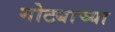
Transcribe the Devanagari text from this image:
गोट्याच्या